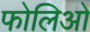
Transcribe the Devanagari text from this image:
फोलिओ